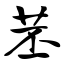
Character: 苤